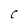
Character: C